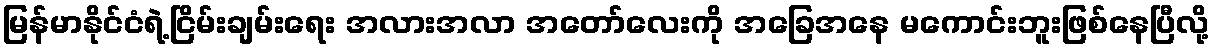
မြန်မာနိုင်ငံရဲ့ငြိမ်းချမ်းရေး အလားအလာ အတော်လေးကို အခြေအနေ မကောင်းဘူးဖြစ်နေပြီလို့